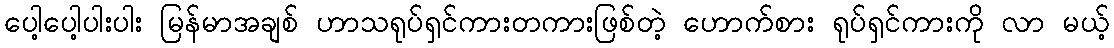
ပေါ့ပေါ့ပါးပါး မြန်မာအချစ် ဟာသရုပ်ရှင်ကားတကားဖြစ်တဲ့ ဟောက်စား ရုပ်ရှင်ကားကို လာ မယ့်